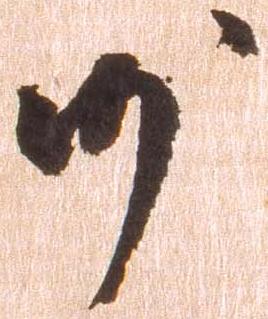
沙